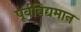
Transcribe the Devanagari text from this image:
पूर्वविद्यमान